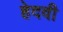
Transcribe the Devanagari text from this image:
हेदवी